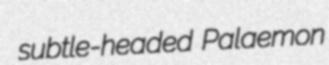
subtle-headed Palaemon